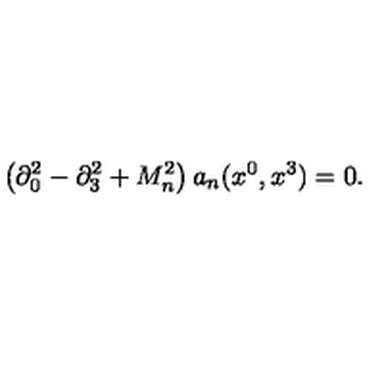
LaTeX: \left( \partial _ { 0 } ^ { 2 } - \partial _ { 3 } ^ { 2 } + M _ { n } ^ { 2 } \right) a _ { n } ( x ^ { 0 } , x ^ { 3 } ) = 0 .